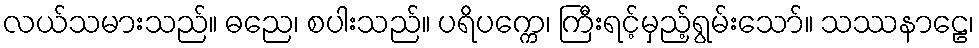
လယ်သမားသည်။ ဓညေ၊ စပါးသည်။ ပရိပက္ကေ၊ ကြီးရင့်မှည့်ရွမ်းသော်။ သဿနာဠေ၊